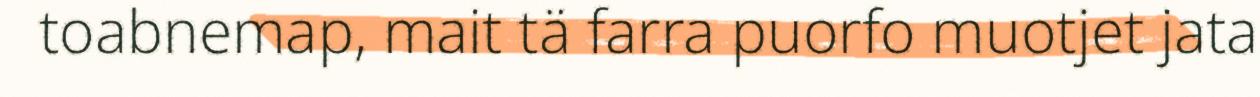
toabnemap, mait tä farra puorfo muotjet jata